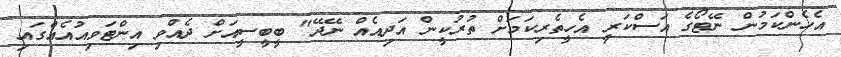
އެހެންކަމުން ނޭޓޯގެ އަސްކަރީ އެހީތެރިކަމަށް ތުރުކީން އަދިއެއް ނޭދޭ" ބީބީސީއަށް ދެއްވި އިންޓަވިއުއެއްގައި